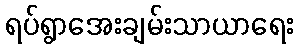
ရပ်ရွာအေးချမ်းသာယာရေး